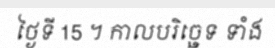
ថ្ងៃទី 15 ។ កាលបរិច្ឆេទ ទាំង